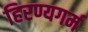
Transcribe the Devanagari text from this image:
हिरण्यगर्म